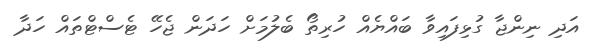
އަދި ނިންޖާ ގުޅިފައިވާ ބައްޔެއް ހުރިތޯ ބެލުމަށް ހަދަން ޖެހޭ ޓެސްޓްތައް ހަދާ